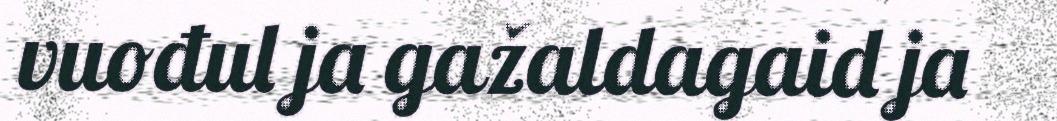
vuođul ja gažaldagaid ja